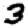
Digit: 3